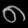
Digit: ၈